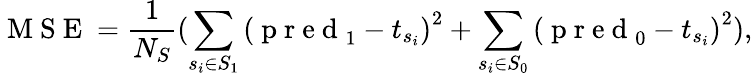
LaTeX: \mathrm{~M~S~E~}=\frac{1}{N_{S}}(\sum_{{s_{i}}\in S_{1}}\left({\mathrm{~p~r~e~d~}}_{1}-t_{s_{i}}\right)^{2}+\sum_{{s_{i}}\in S_{0}}\left({\mathrm{~p~r~e~d~}}_{0}-t_{s_{i}}\right)^{2}),